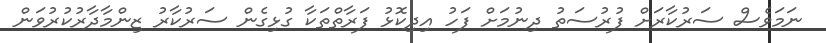
ނަމަވެސް ސަރުކާރަށް ފުރުސަތު ދިނުމަށް ފަހު އިދިކޮޅު ފަރާތްތަކާ ގުޅިގެން ސަރުކާރު ޒިންމާދާރުކުރުވަން